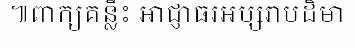
៕ពាក្យគន្លឹះ អាជ្ញាធរអប្សរាបដិមា